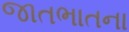
જાતભાતના